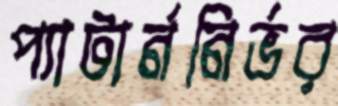
প্যাটার্ননির্ভর